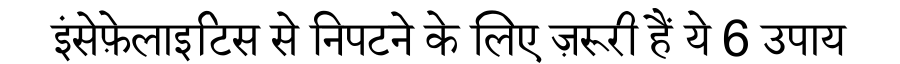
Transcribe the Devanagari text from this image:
इंसेफ़ेलाइटिस से निपटने के लिए ज़रूरी हैं ये 6 उपाय